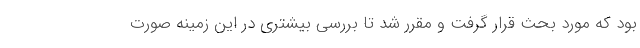
بود که مورد بحث قرار گرفت و مقرر شد تا بررسی بیشتری در این زمینه صورت